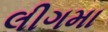
લીગમા